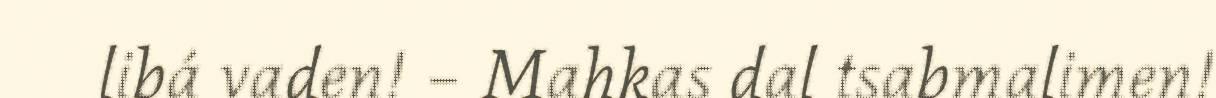
libá vaden! – Mahkas dal tsabmalimen!